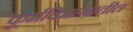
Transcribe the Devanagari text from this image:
कूर्मविभागातील